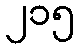
၂၁၅